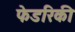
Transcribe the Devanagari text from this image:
फेडरिकी